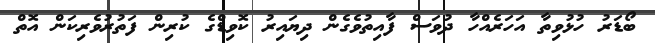
ބޯޑަރު ހުޅުވިތާ އަހަރެއްހާ ދުވަސް ފާއިތުވެގެން ދިޔައިރު ކޮވިޑްގެ ކުރިން ފަތުރުވެރިކަން އޮތް